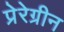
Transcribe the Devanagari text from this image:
प्रेरेग्रीन